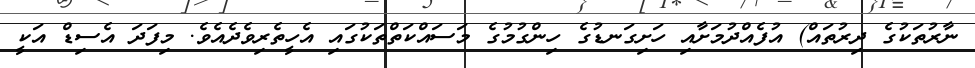
ނާރުތަކުގެ ދިރުތައް) އުފެއްދުމަށާއި ހަށިގަނޑުގެ ހިންގުމުގެ މަސައްކަތްތަކުގައި އެހީތެރިވެދެއެވެ. މިފަދަ އެސިޑް އަކީ